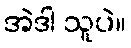
အဲဒါ သူပဲ။